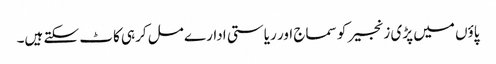
پاؤں میں پڑی زنجیر کو سماج اور ریاستی ادارے مل کرہی کاٹ سکتے ہیں۔